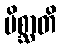
မိစ္ဆာတိ